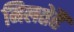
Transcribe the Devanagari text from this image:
मिलतेहैं